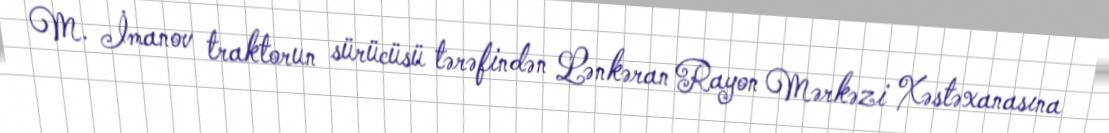
M. İmanov traktorun sürücüsü tərəfindən Lənkəran Rayon Mərkəzi Xəstəxanasına